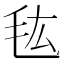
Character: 𰚐